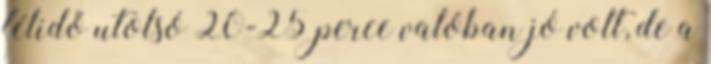
félidő utolsó 20-25 perce valóban jó volt, de a